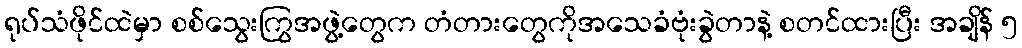
ရုပ်သံဖိုင်ထဲမှာ စစ်သွေးကြွအဖွဲ့တွေက တံတားတွေကိုအသေခံဗုံးခွဲတာနဲ့ စတင်ထားပြီး အချိန် ၅